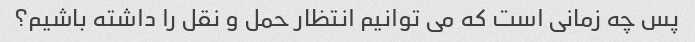
پس چه زمانی است که می توانیم انتظار حمل و نقل را داشته باشیم؟